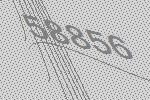
58856